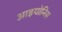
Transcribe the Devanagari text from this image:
आइयोनिस